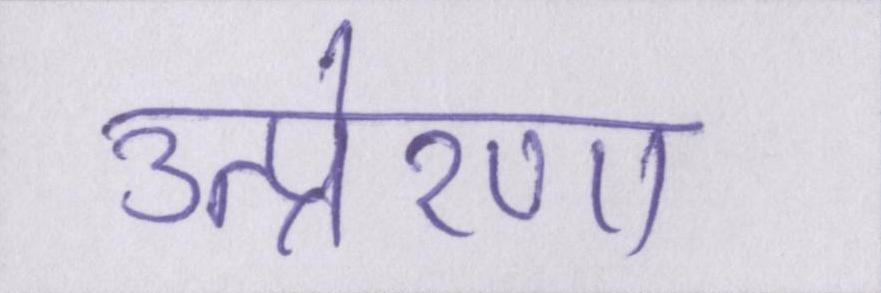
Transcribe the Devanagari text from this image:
उत्प्रेरणा